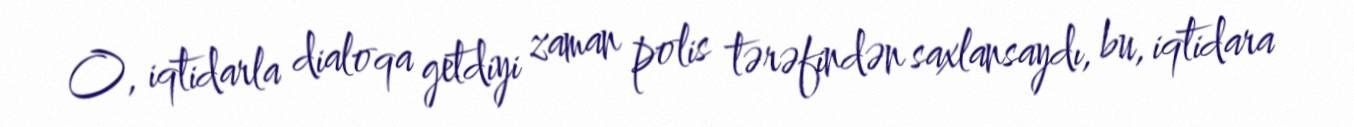
O, iqtidarla dialoqa getdiyi zaman polis tərəfindən saxlansaydı, bu, iqtidara